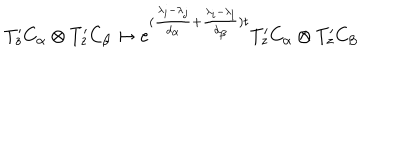
T _ { z } ^ { \prime } C _ { \alpha } \otimes T _ { z } ^ { \prime } C _ { \beta } \mapsto e ^ { ( \frac { \lambda _ { i } - \lambda _ { j } } { d _ { \alpha } } + \frac { \lambda _ { i } - \lambda _ { l } } { d _ { \beta } } ) t } T _ { z } ^ { \prime } C _ { \alpha } \otimes T _ { z } ^ { \prime } C _ { \beta }